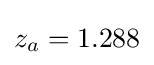
z_{a}=1.288